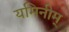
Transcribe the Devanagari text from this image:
यमिनीम्